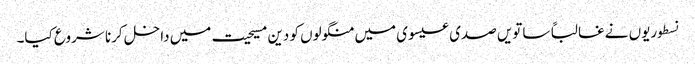
نسطوریوں نے غالباً ساتویں صدی عیسوی میں منگولوں کو دین مسیحیت میں داخل کرنا شروع کیا۔